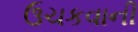
ઉચકવાની